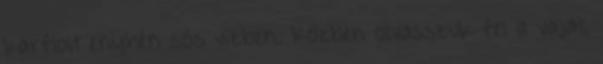
karfiolt enyhén sós vízben. Közben olvasszuk fel a vajat,